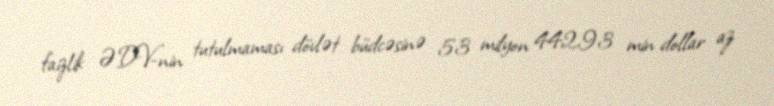
faizlik ƏDV-nin tutulmaması dövlət büdcəsinə 53 milyon 442,93 min dollar az